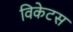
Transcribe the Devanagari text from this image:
विकेटस